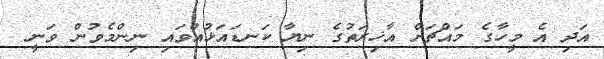
އަދި އެ މީހާގެ މައްޗަށް އާޚިރަތުގެ ނިޔާ ކަނޑައަޅުއްވައި ނިންމެވުން ވަނީ